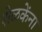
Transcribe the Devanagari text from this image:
शेळकेंना